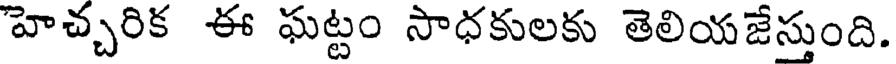
హెచ్చరిక ఈ ఘట్టం సాధకులకు తెలియజేస్తుంది.